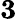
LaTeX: \mathbf{3}